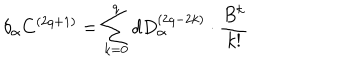
LaTeX: \delta _ { \alpha } C ^ { \left( 2 q + 1 \right) } = \sum _ { k = 0 } ^ { q } d D _ { \alpha } ^ { \left( 2 q - 2 k \right) } \cdot \frac { B ^ { k } } { k ! }